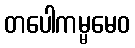
တပေါကမ္မမေဝ